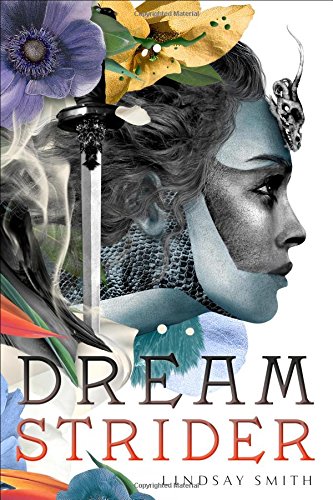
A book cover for Dreamstrider; Lindsay Smith; Teen & Young Adult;